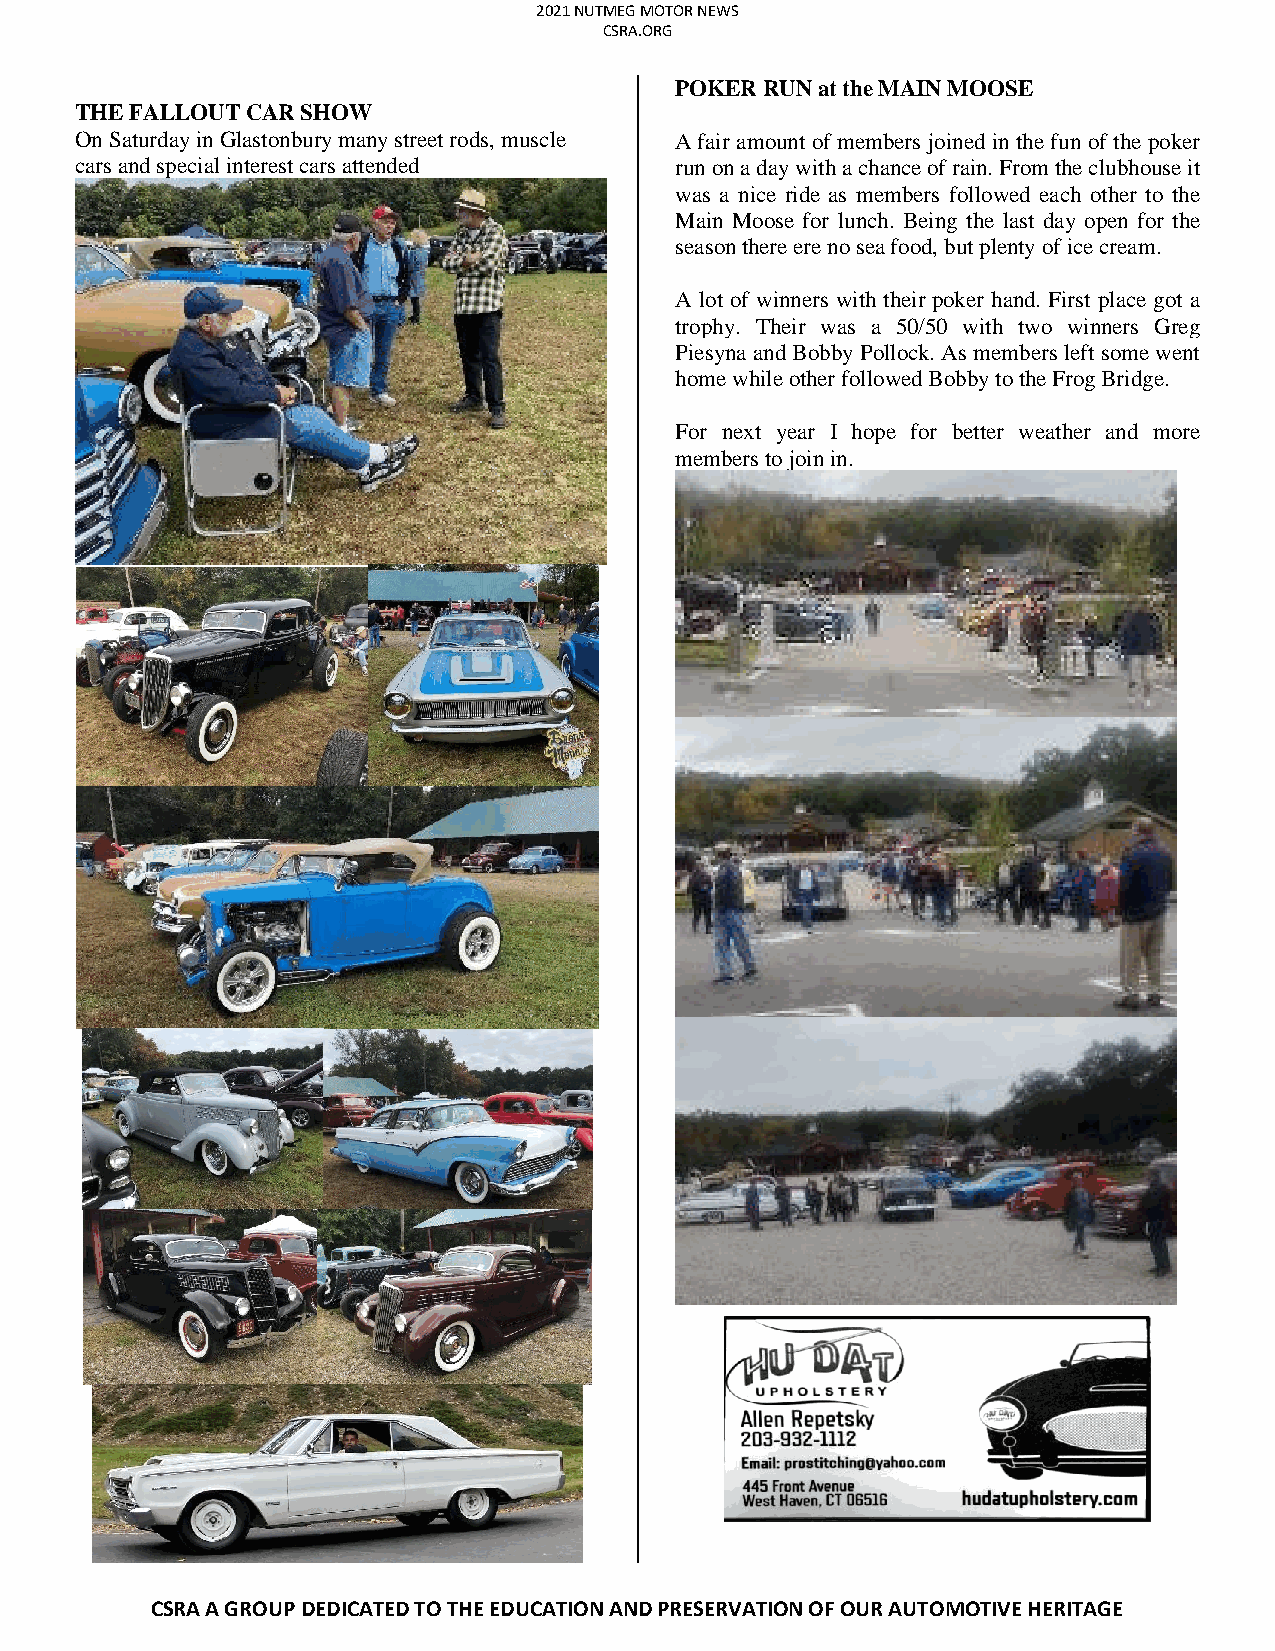
2021 NUTMEG MOTOR NEWS
 CSRA.ORG
 POKER RUN at the MAIN MOOSE
 THE FALLOUT CAR SHOW
 On Saturday in Glastonbury many street rods, muscle A fair amount of members joined in the fun of the poker
 cars and special interest cars attended run on a day with a chance of rain. From the clubhouse it
 was a nice ride as members followed each other to the
 Main Moose for lunch. Being the last day open for the
 season there ere no sea food, but plenty of ice cream.
 A lot of winners with their poker hand. First place got a
 trophy. Their was a 50/50 with two winners Greg
 Piesyna and Bobby Pollock. As members left some went
 home while other followed Bobby to the Frog Bridge.
 For next year I hope for better weather and more
 members to join in.
 CSRA A GROUP DEDICATED TO THE EDUCATION AND PRESERVATION OF OUR AUTOMOTIVE HERITAGE